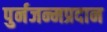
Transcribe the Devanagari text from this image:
पुर्नजन्मप्रदान